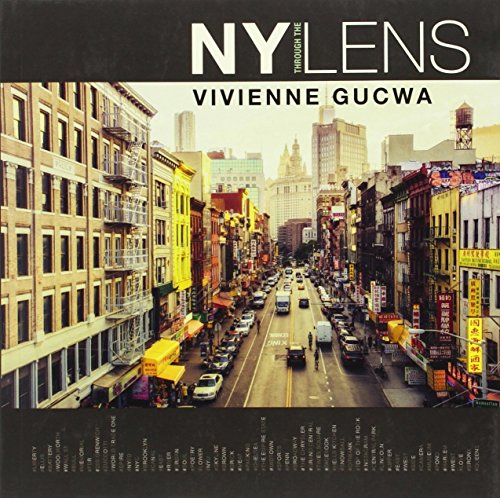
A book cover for NY Through the Lens; Vivienne Gucwa; Arts & Photography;